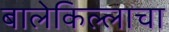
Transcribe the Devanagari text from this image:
बालेकिल्लाचा